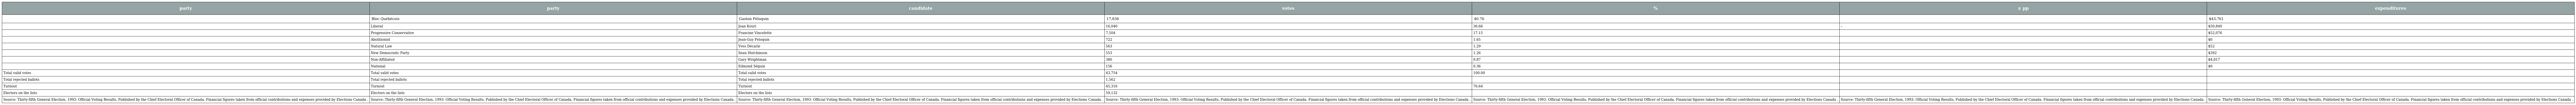
| party | party | candidate | votes | % | ± pp | expenditures |
 | --- | --- | --- | --- | --- | --- | --- |
 |  | Bloc Québécois | Gaston Péloquin | 17,836 | 40.76 |  | $43,761 |
 |  | Liberal | Joan Kouri | 16,040 | 36.66 | – | $50,840 |
 |  | Progressive Conservative | Francine Vincelette | 7,504 | 17.15 |  | $52,076 |
 |  | Abolitionist | Jean-Guy Peloquin | 722 | 1.65 |  | $0 |
 |  | Natural Law | Yves Décarie | 563 | 1.29 |  | $52 |
 |  | New Democratic Party | Sean Hutchinson | 553 | 1.26 |  | $392 |
 |  | Non-Affiliated | Gary Wrightman | 380 | 0.87 |  | $4,817 |
 |  | National | Edmond Séguin | 156 | 0.36 |  | $0 |
 | Total valid votes | Total valid votes | Total valid votes | 43,754 | 100.00 |  |  |
 | Total rejected ballots | Total rejected ballots | Total rejected ballots | 1,562 |  |  |  |
 | Turnout | Turnout | Turnout | 45,316 | 76.64 |  |  |
 | Electors on the lists | Electors on the lists | Electors on the lists | 59,132 |  |  |  |
 | Source: Thirty-fifth General Election, 1993: Official Voting Results, Published by the Chief Electoral Officer of Canada. Financial figures taken from official contributions and expenses provided by Elections Canada . | Source: Thirty-fifth General Election, 1993: Official Voting Results, Published by the Chief Electoral Officer of Canada. Financial figures taken from official contributions and expenses provided by Elections Canada . | Source: Thirty-fifth General Election, 1993: Official Voting Results, Published by the Chief Electoral Officer of Canada. Financial figures taken from official contributions and expenses provided by Elections Canada . | Source: Thirty-fifth General Election, 1993: Official Voting Results, Published by the Chief Electoral Officer of Canada. Financial figures taken from official contributions and expenses provided by Elections Canada . | Source: Thirty-fifth General Election, 1993: Official Voting Results, Published by the Chief Electoral Officer of Canada. Financial figures taken from official contributions and expenses provided by Elections Canada . | Source: Thirty-fifth General Election, 1993: Official Voting Results, Published by the Chief Electoral Officer of Canada. Financial figures taken from official contributions and expenses provided by Elections Canada . | Source: Thirty-fifth General Election, 1993: Official Voting Results, Published by the Chief Electoral Officer of Canada. Financial figures taken from official contributions and expenses provided by Elections Canada . |